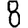
Digit: 8